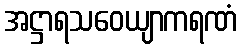
အဋ္ဌာရသဝေယျာကရဏံ